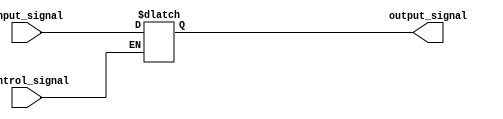
module latch (
    input input_signal,
    input control_signal,
    output reg output_signal
);

always @ (*) begin
    if (control_signal) begin
        output_signal <= input_signal;
    end
end

endmodule